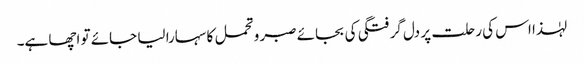
لہٰذا اس کی رحلت پر دل گرفتگی کی بجائے صبر و تحمل کا سہارا لیا جائے تو اچھا ہے۔